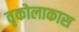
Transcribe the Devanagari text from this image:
वृकोलाकास